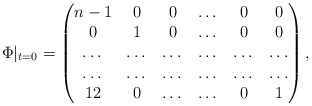
\begin{align*} \Phi|_{t=0}=\begin{pmatrix} n-1 & 0 & 0 & \dots & 0 & 0 \\ 0 & 1 & 0 & \dots & 0 & 0 \\ \dots & \dots & \dots & \dots & \dots & \dots\\ \dots & \dots & \dots & \dots & \dots & \dots\\ 12 & 0 & \dots & \dots & 0 & 1 \end{pmatrix},\end{align*}